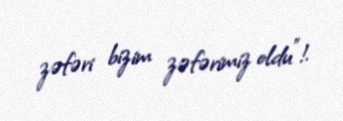
zəfəri bizim zəfərimiz oldu”!.